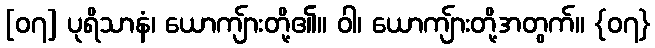
[၀၇] ပုရိသာနံ၊ ယောကျ်ားတို့၏။ ဝါ၊ ယောကျ်ားတို့အတွက်။ {၀၇}